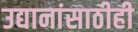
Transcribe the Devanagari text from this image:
उद्यानांसाठीही